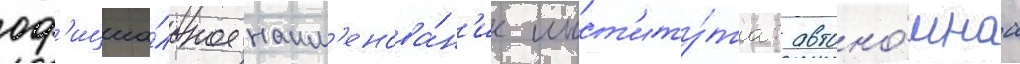
оф'ициа́льное наим'енова́н'ие инст'иту́та: автоно́мнаа